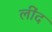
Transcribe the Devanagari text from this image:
लींद